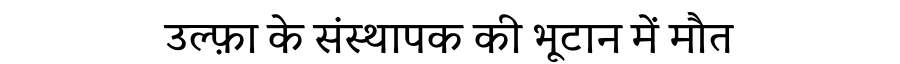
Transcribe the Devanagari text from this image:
उल्फ़ा के संस्थापक की भूटान में मौत